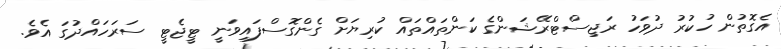
އެގޮތުން ހުކުރު ދުވަހު ރަޖިސްޓްރޭޝަންގެ ކަންތައްތައް ކުރިޔަށް ގެންގޮސްފައިވަނީ ޓީޖެޓީ ސަރަހައްދުގަ އެވެ.